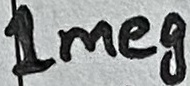
Text: 1meg